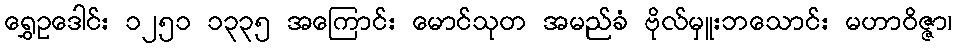
ရွှေဥဒေါင်း ၁၂၅၁ ၁၃၃၅ အကြောင်း မောင်သုတ အမည်ခံ ဗိုလ်မှူးဘသောင်း မဟာဝိဇ္ဇာ၊